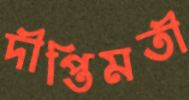
দীপ্তিমতী